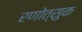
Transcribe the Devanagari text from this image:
रणोत्सुक